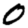
Digit: 0